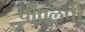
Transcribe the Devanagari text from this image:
पीएलपी